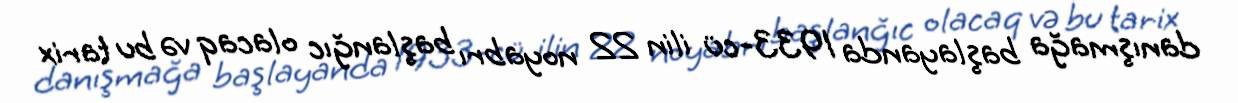
danışmağa başlayanda 1933-cü ilin 22 noyabrı başlanğıc olacaq və bu tarix